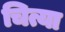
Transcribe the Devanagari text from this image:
चित्या